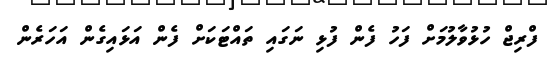
ފްރިޖް ހުޅުވާލުމަށް ފަހު ފެން ފުޅި ނަގައި ތައްޓަކަށް ފެން އަޅައިގެން އަހަރެން